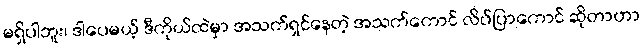
မရှိပါဘူး၊ ဒါပေမယ့် ဒီကိုယ်ထဲမှာ အသက်ရှင်နေတဲ့ အသက်ကောင် လိပ်ပြာကောင် ဆိုတာဟာ